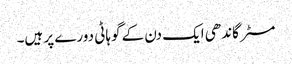
مسٹر گاندھی ایک دن کے گوہاٹی دورے پر ہیں۔